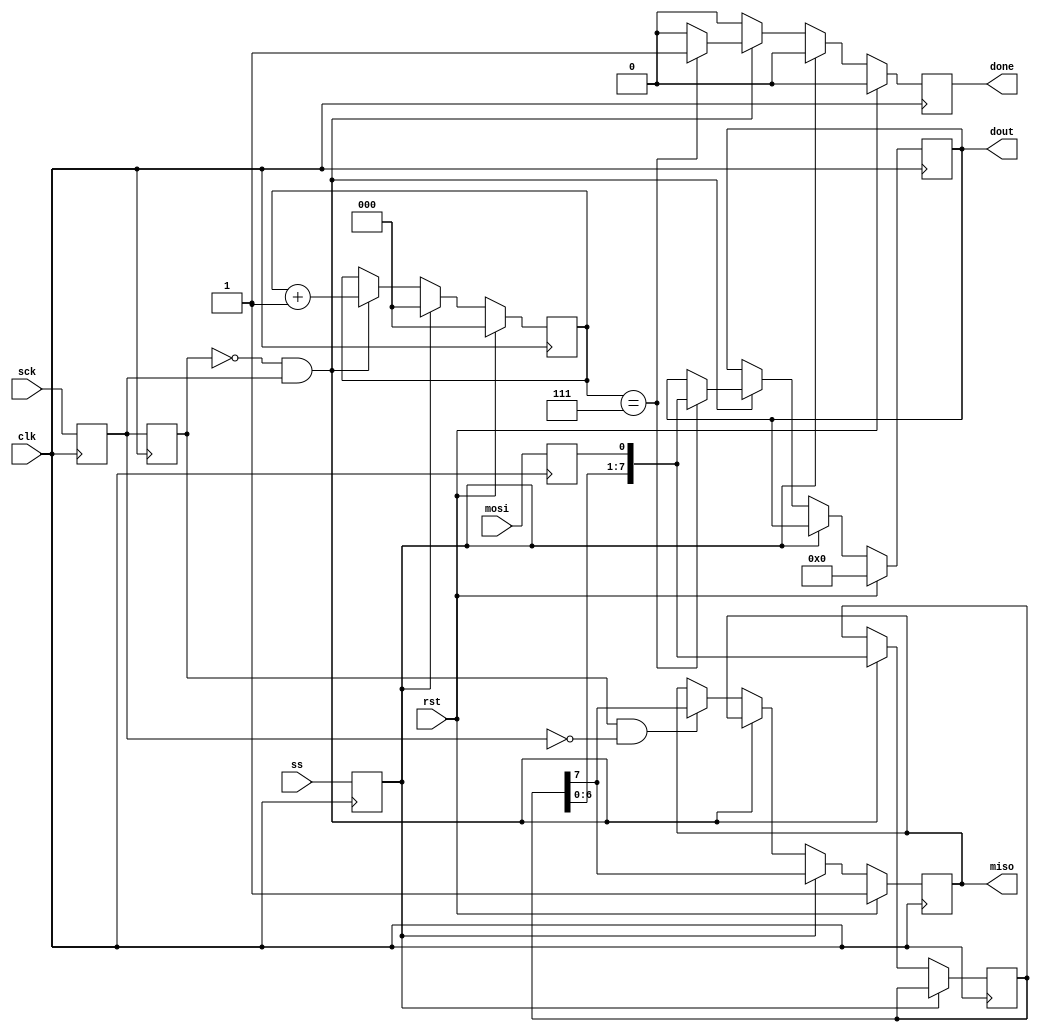
// WRITTEN FOR CPOL = 0 and CPHA = 0
module spi_slave(
    input clk,
    input rst,
    input ss,
    input mosi,
    output miso,
    input sck,
    output done,
    output [7:0] dout
  );
 
  // two flipflops per input to cross clock domains
  reg mosi_d, mosi_q;
  reg ss_d, ss_q;
  reg sck_d, sck_q;
  reg sck_old_d, sck_old_q;
  reg [7:0] data_d, data_q;
  reg done_d, done_q;
  reg [2:0] bit_ct_d, bit_ct_q;
  reg [7:0] dout_d, dout_q;
  reg miso_d, miso_q;
 
  // assign input/output regs
  assign miso = miso_q;
  assign done = done_q;
  assign dout = dout_q;
 
  always @(*) begin
    ss_d = ss;
    mosi_d = mosi;
    miso_d = miso_q;
    sck_d = sck;
    sck_old_d = sck_q;
    data_d = data_q;
    done_d = 1'b0;
    bit_ct_d = bit_ct_q;
    dout_d = dout_q;
 
    if (ss_q) begin                           // if slave select is high (deselcted)
      bit_ct_d = 3'b0;                        // reset bit counter
      miso_d = data_q[7];                     // output MSB
    end else begin                            // else slave select is low (selected)
      if (!sck_old_q && sck_q) begin          // rising edge
        data_d = {data_q[6:0], mosi_q};       // read data in and shift
        bit_ct_d = bit_ct_q + 1'b1;           // increment the bit counter
		  
		  if (bit_ct_q == 3'b111) begin         // if we are on the last bit
          dout_d = {data_q[6:0], mosi_q};     // output the byte
          done_d = 1'b1;                      // set transfer done flag
        end

      end else if (sck_old_q && !sck_q) begin // falling edge
        miso_d = data_q[7];                   // output MSB
      end
    end
  end
 
  always @(posedge clk) begin
    if (rst) begin
      done_q <= 1'b0;
      bit_ct_q <= 3'b0;
      dout_q <= 8'b0;
      miso_q <= 1'b1;
    end else begin
      done_q <= done_d;
      bit_ct_q <= bit_ct_d;
      dout_q <= dout_d;
      miso_q <= miso_d;
    end
 
    sck_q <= sck_d;
    mosi_q <= mosi_d;
    ss_q <= ss_d;
    data_q <= data_d;
    sck_old_q <= sck_old_d;
 
  end
 
endmodule